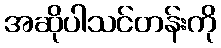
အဆိုပါသင်တန်းကို